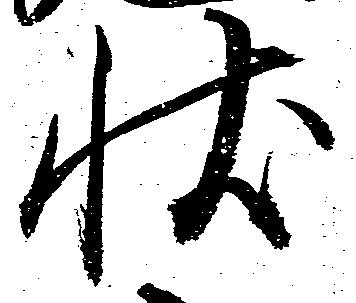
状